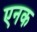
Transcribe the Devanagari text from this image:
एनक